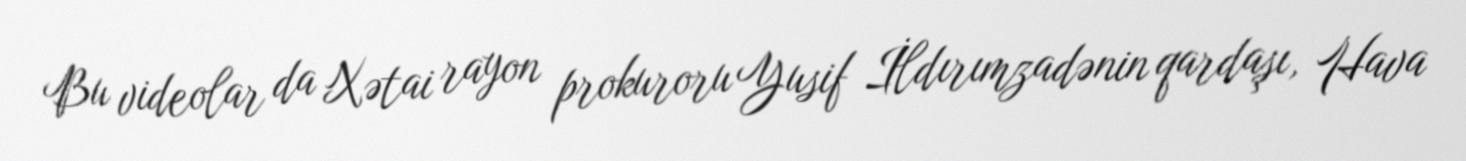
Bu videolar da Xətai rayon prokuroru Yusif İldırımzadənin qardaşı, Hava